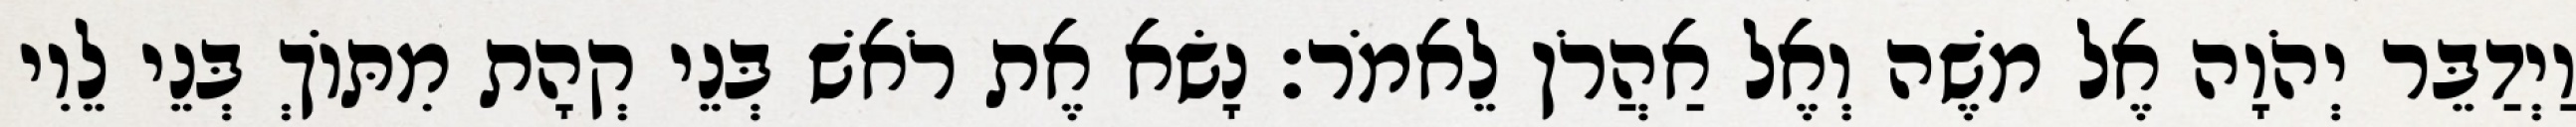
וַיְדַבֵּר יְהֹוָה אֶל משֶׁה וְאֶל אַהֲרֹן לֵאמֹר׃ נָשׂא אֶת רֹאשׁ בְּנֵי קְהָת מִתּוֹךְ בְּנֵי לֵוִי